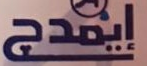
إيمدج